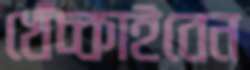
খেঁচ্‌কাইবেন